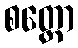
စတ္ထော